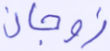
زوجان